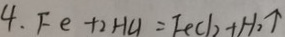
4 . F e + 2 H C l = F e C l + H _ { 2 } \uparrow